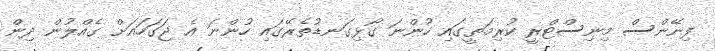
ފިނޭންސް މިނިސްޓްރީ ކުރިމަތީގައި ހުންނަ ގޯޅިގަނޑުތެރޭގައި ހުންނަ އެ ޖަގަހައަށް ގެއްލުން ދިން